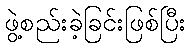
ဖွဲ့စည်းခဲ့ခြင်းဖြစ်ပြီး